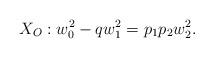
LaTeX: \begin{align*} X_O : w_0^2 - qw_1^2 = p_1p_2 w_2^2. \end{align*}